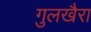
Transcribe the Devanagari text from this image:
गुलखैरा